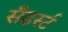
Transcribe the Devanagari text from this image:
सँढर्स्ट